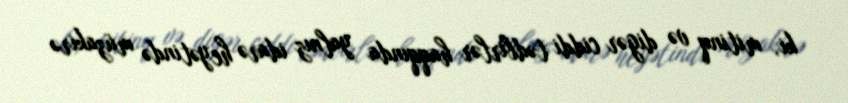
ki, mitinq və digər ciddi tədbirlər haqqında yalnız idarə heyətində müzakirə